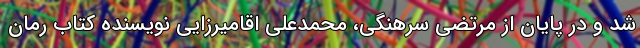
شد و در پایان از مرتضی سرهنگی، محمدعلی اقامیرزایی نویسنده کتاب رُمان